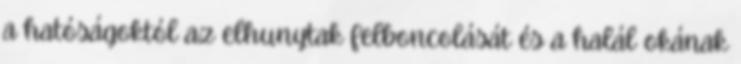
a hatóságoktól az elhunytak felboncolását és a halál okának